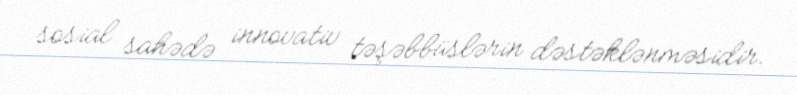
sosial sahədə innovativ təşəbbüslərin dəstəklənməsidir.